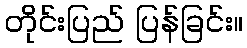
တိုင်းပြည် ပြန်ခြင်း။